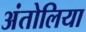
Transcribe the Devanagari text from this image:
अंतोलिया